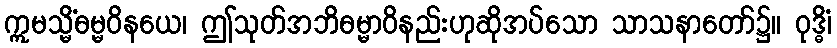
ဣမသ္မိံဓမ္မဝိနယေ၊ ဤသုတ်အဘိဓမ္မာဝိနည်းဟုဆိုအပ်သော သာသနာတော်၌။ ဝုဒ္ဓိံ၊